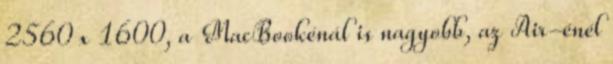
2560 x 1600, a MacBookénál is nagyobb, az Air-énél